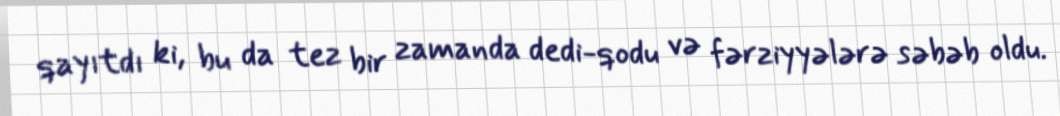
qayıtdı ki, bu da tez bir zamanda dedi-qodu və fərziyyələrə səbəb oldu.